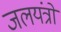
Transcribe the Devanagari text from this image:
जलयंत्रों